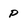
Character: P